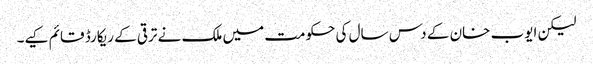
لیکن ایوب خان کے دس سال کی حکومت میں ملک نے ترقی کے ریکارڈ قائم کیے۔